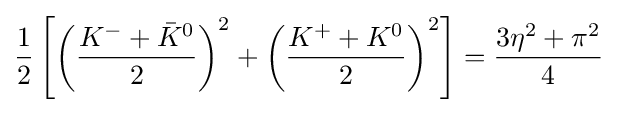
{\frac {1}{2}}\left[\left({\frac {K^{-}+{\bar {K}}^{0}}{2}}\right)^{2}+\left({\frac {K^{+}+K^{0}}{2}}\right)^{2}\right]={\frac {3\eta ^{2}+\pi ^{2}}{4}}